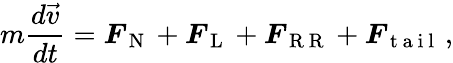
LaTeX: m\frac{d\vec{v}}{dt}=\boldsymbol{F}_{\mathrm{~N~}}+\boldsymbol{F}_{\mathrm{~L~}}+\boldsymbol{F}_{\mathrm{~R~R~}}+\boldsymbol{F}_{\mathrm{~t~a~i~l~}}\, ,